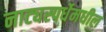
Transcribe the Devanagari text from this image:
नाट्यस्पर्धेमधील